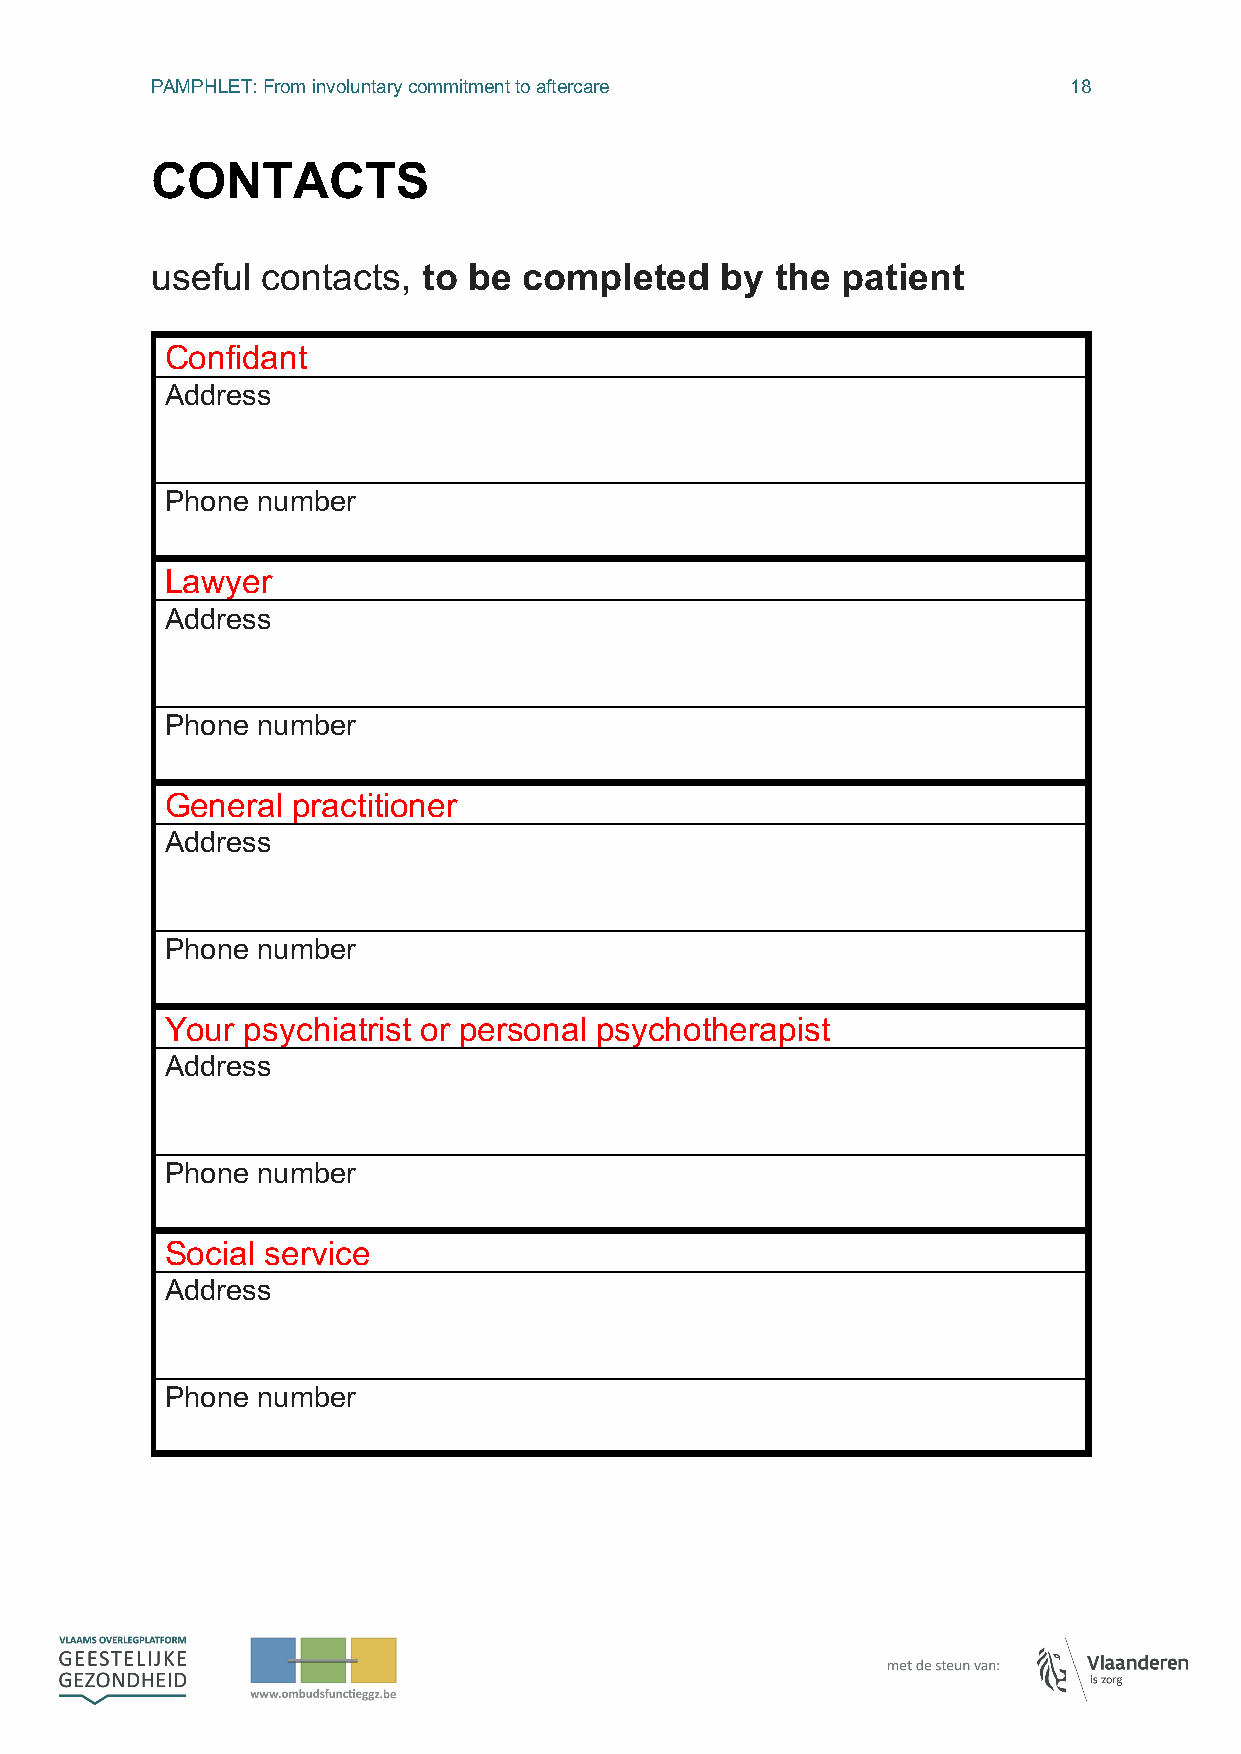
PAMPHLET: From involuntary commitment to aftercare           18
 CONTACTS
 useful contacts,  to be  completed    by the  patient
 Confidant
 Address
 Phone number
 Lawyer
 Address
 Phone number
 General practitioner
 Address
 Phone number
 Your psychiatrist or personal psychotherapist
 Address
 Phone number
 Social service
 Address
 Phone number